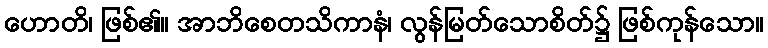
ဟောတိ၊ ဖြစ်၏။ အာဘိစေတသိကာနံ၊ လွန်မြတ်သောစိတ်၌ ဖြစ်ကုန်သော။